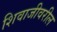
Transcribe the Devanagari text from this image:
शिवाजीवरील